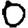
Digit: 0